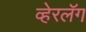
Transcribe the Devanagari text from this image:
व्हेरलॅग